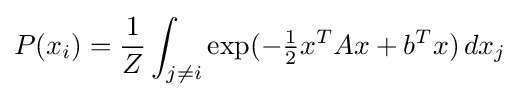
P(x_{i})={\frac {1}{Z}}\int _{j\neq i}\exp(-{\tfrac {1}{2}}x^{T}Ax+b^{T}x)\,dx_{j}